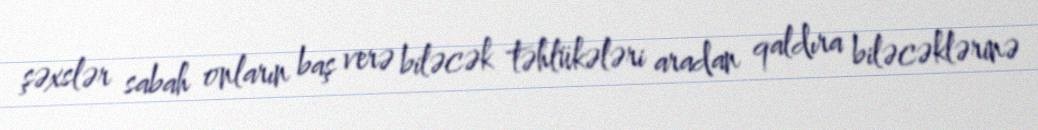
şəxslər sabah onların baş verə biləcək təhlükələri aradan qaldıra biləcəklərinə